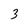
Character: 3